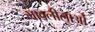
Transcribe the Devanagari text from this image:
भावलीलाओं